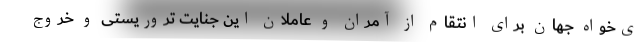
ی‌خواه جهان برای انتقام از آمران و عاملان این جنایت تروریستی و خروج